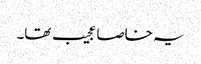
یہ خاصا عجیب تھا۔